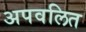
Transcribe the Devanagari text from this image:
अपवलित